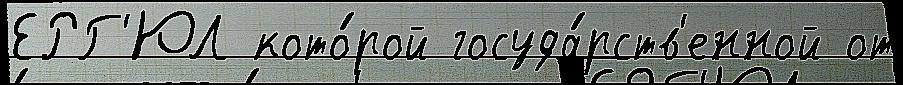
ЕРГ'ЮЛ кото́рой госуда́рств'енной от